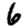
Digit: 6